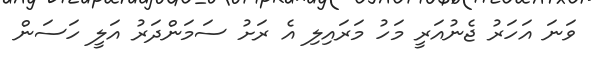
ވަނަ އަހަރު ޖެނުއަރީ މަހު މަރައިލި އެ ރަށު ސަމަންދަރު އަލީ ހަސަން